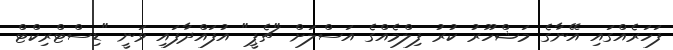
ފަހަރެއްގައި އޭނާގެ މަޝްހޫރު ކުރު ފިލްމެއްގެ އަސްލަށް "ޗެޕީ" އުފައްދާފައި ވަނީ "ޑިސްޓްރިކްޓް